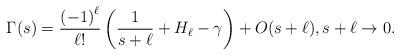
LaTeX: \begin{align*}\Gamma(s)=\frac{\left( -1\right) ^{\ell}}{\ell!}\left( \frac{1}{s+\ell} + H_\ell-\gamma \right)+ O(s+\ell), s+\ell\to 0.\end{align*}